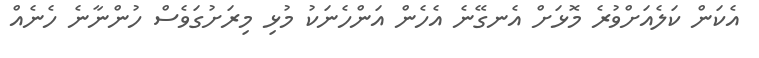
އެކަން ކަލެއަށްވުރެ މޮޅަށް އެނގޭނެ އެހެން އަންހެނަކު މުޅި މިރަށުގަވެސް ހުންނާނެ ހެނެއް